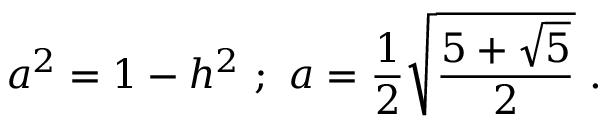
a ^ { 2 } = 1 - h ^ { 2 } \ ; \ a = { \frac { 1 } { 2 } } { \sqrt { \frac { 5 + { \sqrt { 5 } } } { 2 } } } \ .